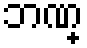
ဘဏ္